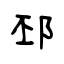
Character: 邳